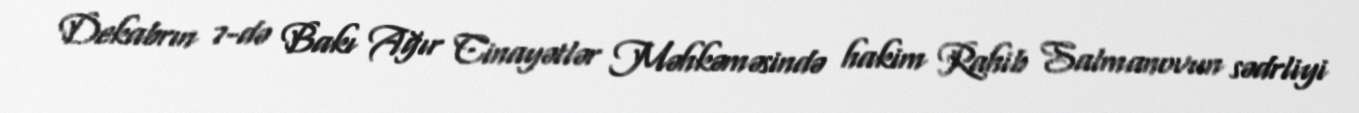
Dekabrın 7-də Bakı Ağır Cinayətlər Məhkəməsində hakim Rahib Salmanovun sədrliyi